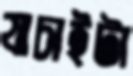
যাচাইটা